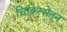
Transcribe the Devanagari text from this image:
चिकित्सेतून